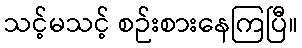
သင့်မသင့် စဉ်းစားနေကြပြီ။